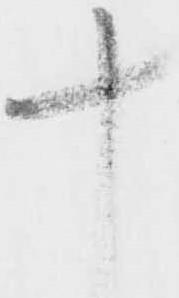
十